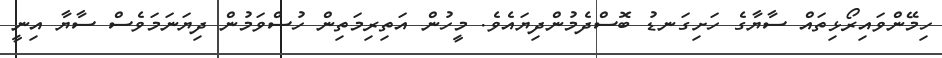
ހިމޭންވައިރޯޅިތައް ސާޔާގެ ހަށިގަނޑު ބޮސްދެމުންދިޔައެވެ. މީހުން އަތިރިމަތިން ހުސްވަމުން ދިޔަނަމަވެސް ސާޔާ އިނީ